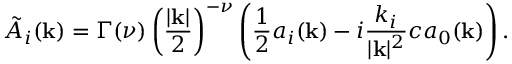
\tilde { A } _ { i } ( { \bf k } ) = \Gamma ( \nu ) \left( { \frac { | { \bf k } | } { 2 } } \right) ^ { - \nu } \left( { \frac { 1 } { 2 } } a _ { i } ( { \bf k } ) - i { \frac { k _ { i } } { | { \bf k } | ^ { 2 } } } c a _ { 0 } ( { \bf k } ) \right) .